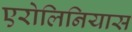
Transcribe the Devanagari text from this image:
एरोलिनियास